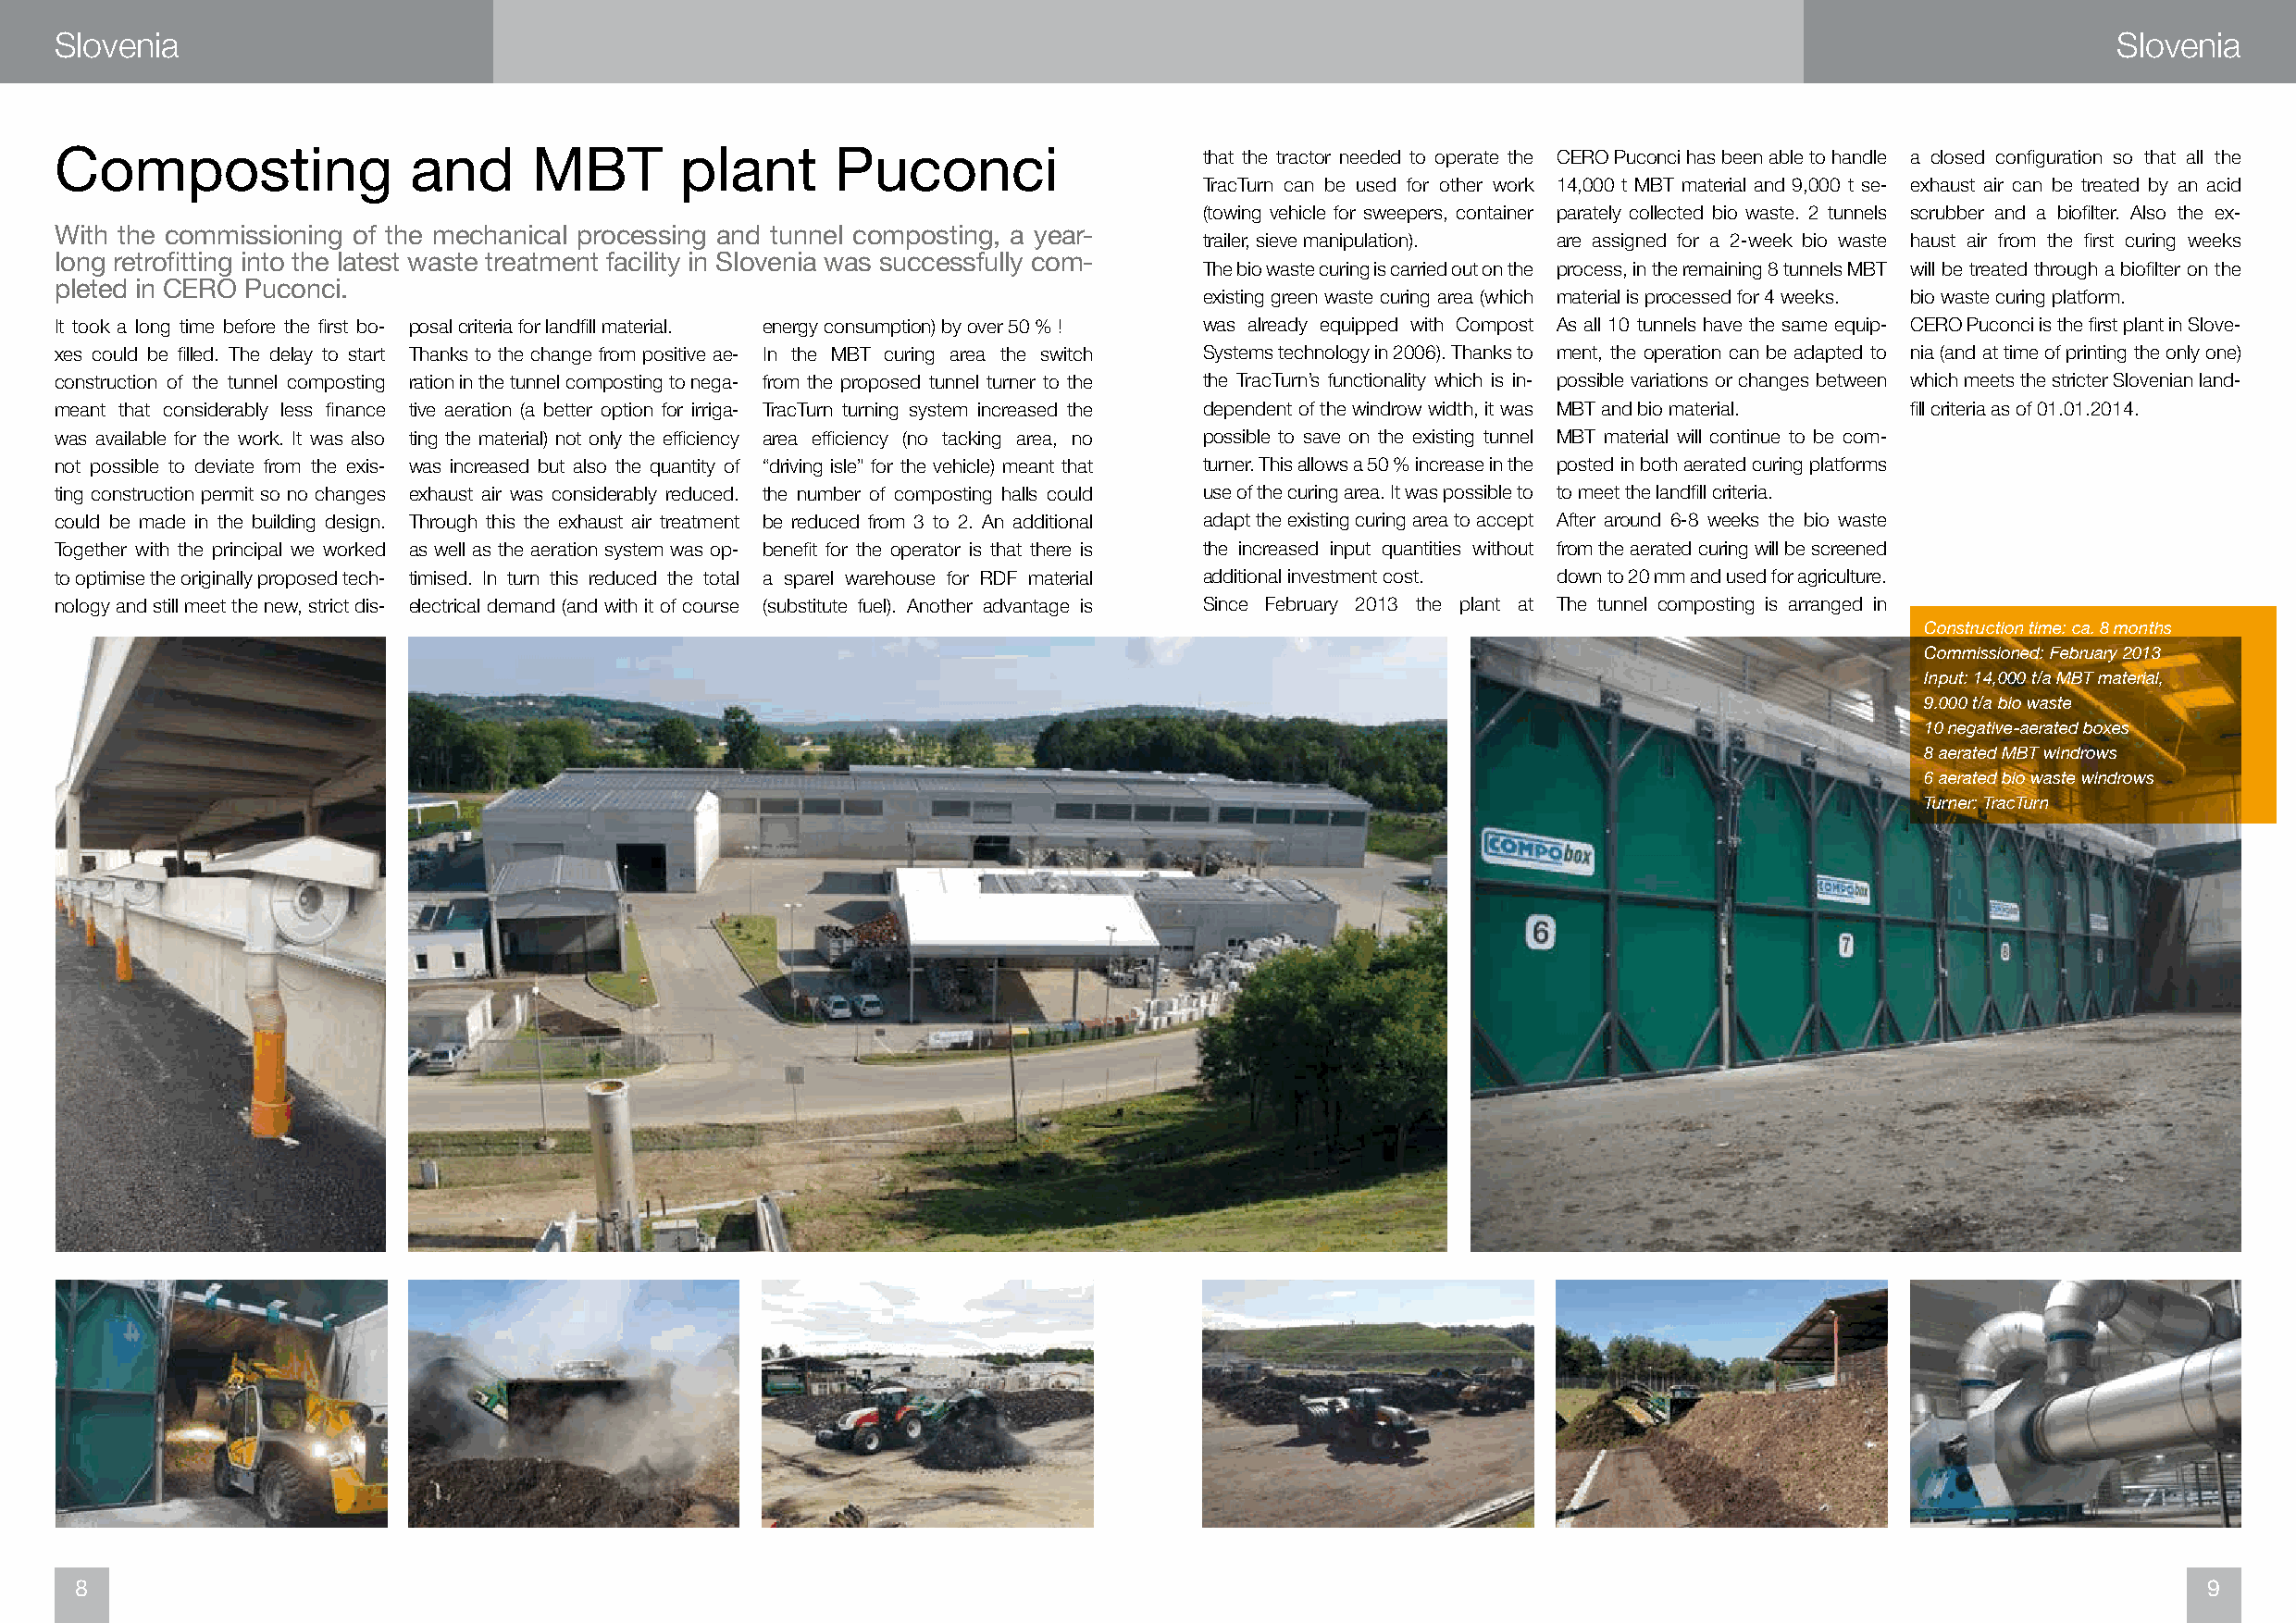
Slovenia                                                                                                                                           Slovenia
 that the tractor needed to operate the CERO Puconci has been able to handle a closed configuration so that all the
 Composting               and      MBT        plant      Puconci
 TracTurn can be used for other work 14,000 t MBT material and 9,000 t se- exhaust air can be treated by an acid
 (towing vehicle for sweepers, container parately collected bio waste. 2 tunnels scrubber and a biofilter. Also the ex-
 With the commissioning of the mechanical processing and tunnel composting, a year- trailer, sieve manipulation). are assigned for a 2-week bio waste haust air from the first curing weeks
 long retrofitting into the latest waste treatment facility in Slovenia was successfully com- The bio waste curing is carried out on the process, in the remaining 8 tunnels MBT will be treated through a biofilter on the
 pleted in CERO Puconci.
 existing green waste curing area (which material is processed for 4 weeks. bio waste curing platform.
 It took a long time before the first bo- posal criteria for landfill material. energy consumption) by over 50 % ! was already equipped with Compost As all 10 tunnels have the same equip- CERO Puconci is the first plant in Slove-
 xes could be filled. The delay to start Thanks to the change from positive ae- In the MBT curing area the switch Systems technology in 2006). Thanks to ment, the operation can be adapted to nia (and at time of printing the only one)
 construction of the tunnel composting ration in the tunnel composting to nega- from the proposed tunnel turner to the the TracTurn’s functionality which is in- possible variations or changes between which meets the stricter Slovenian land-
 meant that considerably less finance tive aeration (a better option for irriga- TracTurn turning system increased the dependent of the windrow width, it was MBT and bio material. fill criteria as of 01.01.2014.
 was available for the work. It was also ting the material) not only the efficiency area efficiency (no tacking area, no possible to save on the existing tunnel MBT material will continue to be com-
 not possible to deviate from the exis- was increased but also the quantity of “driving isle” for the vehicle) meant that turner. This allows a 50 % increase in the posted in both aerated curing platforms
 ting construction permit so no changes exhaust air was considerably reduced. the number of composting halls could use of the curing area. It was possible to to meet the landfill criteria.
 could be made in the building design. Through this the exhaust air treatment be reduced from 3 to 2. An additional adapt the existing curing area to accept After around 6-8 weeks the bio waste
 Together with the principal we worked as well as the aeration system was op- benefit for the operator is that there is the increased input quantities without from the aerated curing will be screened
 to optimise the originally proposed tech- timised. In turn this reduced the total a sparel warehouse for RDF material additional investment cost. down to 20 mm and used for agriculture.
 nology and still meet the new, strict dis- electrical demand (and with it of course (substitute fuel). Another advantage is Since February 2013 the plant at The tunnel composting is arranged in
 Construction time: ca. 8 months
 Commissioned: February 2013
 Input: 14,000 t/a MBT material,
 9.000 t/a bio waste
 10 negative-aerated boxes
 8 aerated MBT windrows
 6 aerated bio waste windrows
 Turner: TracTurn
 8                                                                                                                                                        9